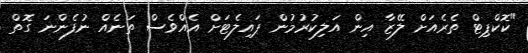
"ކޮކްޕިޓް ތެރެއަށް ލޭޒާ އިން އަލިކުރުމުން ޕައިލެޓަށް އެއްވެސް ތަނެއް ނުފެންނަ ގޮތް